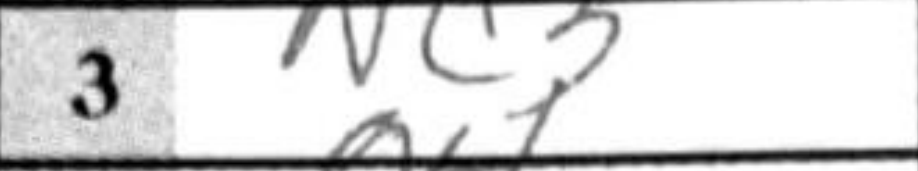
Transcription: Nc3